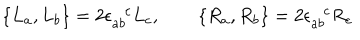
\{ L _ { a } , L _ { b } \} = 2 \epsilon _ { a b } ^ { \phantom { a b } c } L _ { c } , \qquad \{ R _ { a } , R _ { b } \} = 2 \epsilon _ { a b } ^ { \phantom { a b } c } R _ { c }